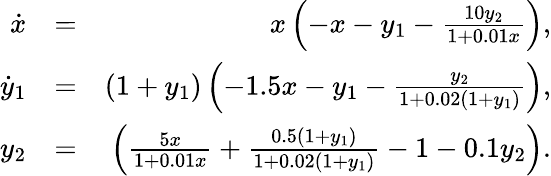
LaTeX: \begin{array}{rlr}{\dot{x}}&{=}&{x\left(-x-y_{1}-\frac{10y_{2}}{1+0.01x}\right),}\\ {\dot{y}_{1}}&{=}&{(1+y_{1})\left(-1.5x-y_{1}-\frac{y_{2}}{1+0.02(1+y_{1})}\right),}\\ {y_{2}}&{=}&{\left(\frac{5x}{1+0.01x}+\frac{0.5(1+y_{1})}{1+0.02(1+y_{1})}-1-0.1y_{2}\right).}\end{array}